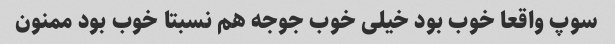
سوپ واقعا خوب بود خیلی خوب جوجه هم نسبتا خوب بود ممنون